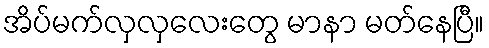
အိပ်မက်လှလှလေးတွေ မာနာ မတ်နေပြီ။